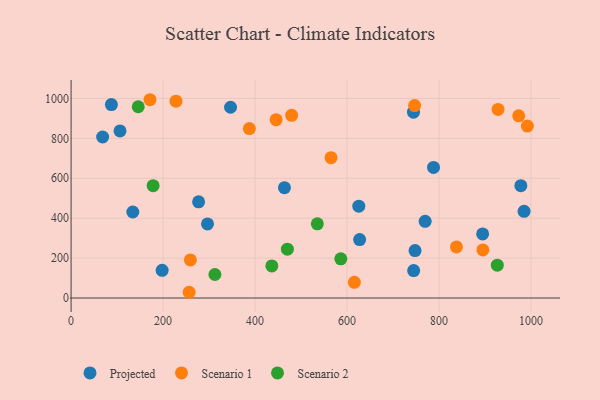
{"axis": {"x": "Study Hours", "y": "Salary"}, "legend": ["Projected", "Scenario 1", "Scenario 2"], "data": [{"x": "978.1", "y": 563.0, "type": "Projected"}, {"x": "627.5", "y": 293.0, "type": "Projected"}, {"x": "68.6", "y": 806.8, "type": "Projected"}, {"x": "770.0", "y": 384.1, "type": "Projected"}, {"x": "106.4", "y": 837.6, "type": "Projected"}, {"x": "87.7", "y": 969.3, "type": "Projected"}, {"x": "625.7", "y": 460.5, "type": "Projected"}, {"x": "788.2", "y": 654.2, "type": "Projected"}, {"x": "895.0", "y": 321.4, "type": "Projected"}, {"x": "464.0", "y": 552.8, "type": "Projected"}, {"x": "277.3", "y": 482.0, "type": "Projected"}, {"x": "985.1", "y": 434.6, "type": "Projected"}, {"x": "346.8", "y": 955.9, "type": "Projected"}, {"x": "744.6", "y": 931.2, "type": "Projected"}, {"x": "745.0", "y": 137.3, "type": "Projected"}, {"x": "198.0", "y": 138.7, "type": "Projected"}, {"x": "748.0", "y": 237.9, "type": "Projected"}, {"x": "296.7", "y": 371.4, "type": "Projected"}, {"x": "134.2", "y": 431.1, "type": "Projected"}, {"x": "973.5", "y": 912.8, "type": "Scenario 1"}, {"x": "992.3", "y": 861.5, "type": "Scenario 1"}, {"x": "616.0", "y": 78.9, "type": "Scenario 1"}, {"x": "747.1", "y": 964.3, "type": "Scenario 1"}, {"x": "171.6", "y": 993.7, "type": "Scenario 1"}, {"x": "259.4", "y": 190.8, "type": "Scenario 1"}, {"x": "479.7", "y": 915.5, "type": "Scenario 1"}, {"x": "228.1", "y": 986.4, "type": "Scenario 1"}, {"x": "928.5", "y": 945.3, "type": "Scenario 1"}, {"x": "838.1", "y": 256.3, "type": "Scenario 1"}, {"x": "445.9", "y": 893.5, "type": "Scenario 1"}, {"x": "256.8", "y": 28.8, "type": "Scenario 1"}, {"x": "895.5", "y": 241.1, "type": "Scenario 1"}, {"x": "565.3", "y": 703.5, "type": "Scenario 1"}, {"x": "387.7", "y": 849.3, "type": "Scenario 1"}, {"x": "178.4", "y": 563.1, "type": "Scenario 2"}, {"x": "535.5", "y": 371.9, "type": "Scenario 2"}, {"x": "470.4", "y": 244.8, "type": "Scenario 2"}, {"x": "436.6", "y": 160.9, "type": "Scenario 2"}, {"x": "926.9", "y": 164.5, "type": "Scenario 2"}, {"x": "146.0", "y": 958.4, "type": "Scenario 2"}, {"x": "586.6", "y": 196.6, "type": "Scenario 2"}, {"x": "312.8", "y": 117.8, "type": "Scenario 2"}]}